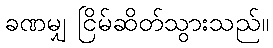
ခဏမျှ ငြိမ်ဆိတ်သွားသည်။